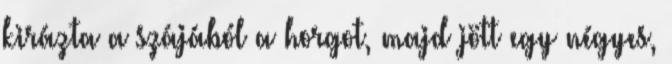
kirázta a szájából a horgot, majd jött egy négyes,